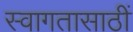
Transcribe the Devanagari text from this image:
स्वागतासाठीं